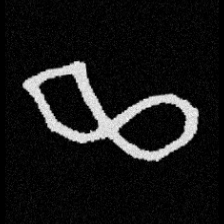
Pyu character \u2014 Myanmar letter: ဆ (romanized: cha)